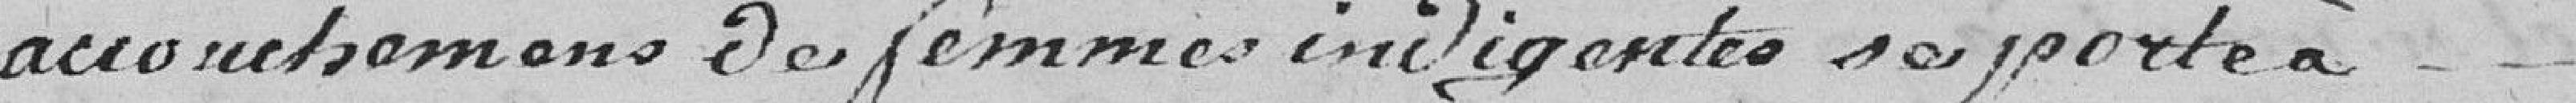
accouchements des femmes indigentes se porte à ....